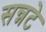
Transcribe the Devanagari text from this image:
सन्नटे